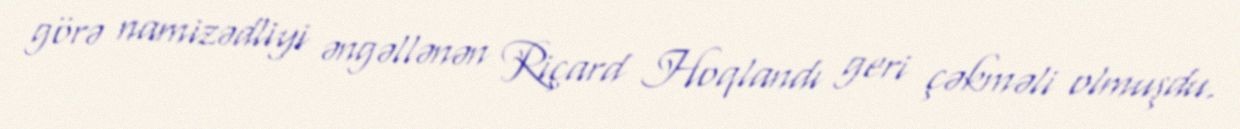
görə namizədliyi əngəllənən Riçard Hoqlandı geri çəkməli olmuşdu.